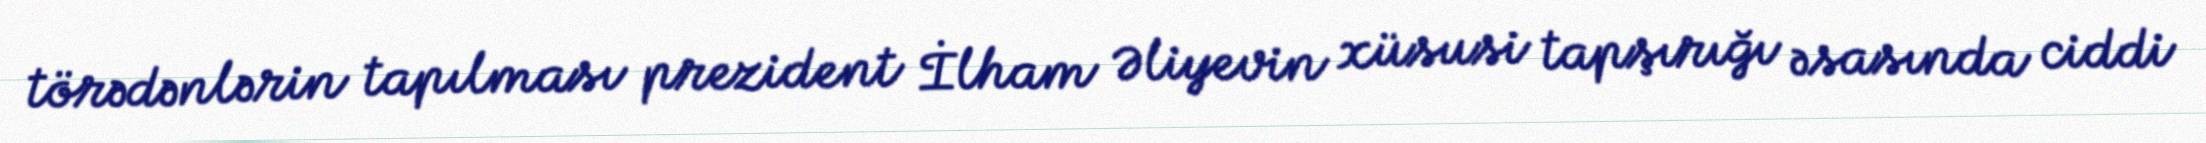
törədənlərin tapılması prezident İlham Əliyevin xüsusi tapşırığı əsasında ciddi